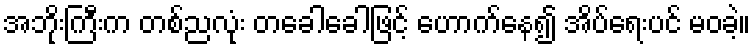
အဘိုးကြီးက တစ်ညလုံး တခေါခေါဖြင့် ဟောက်နေ၍ အိပ်ရေးပင် မဝခဲ့။